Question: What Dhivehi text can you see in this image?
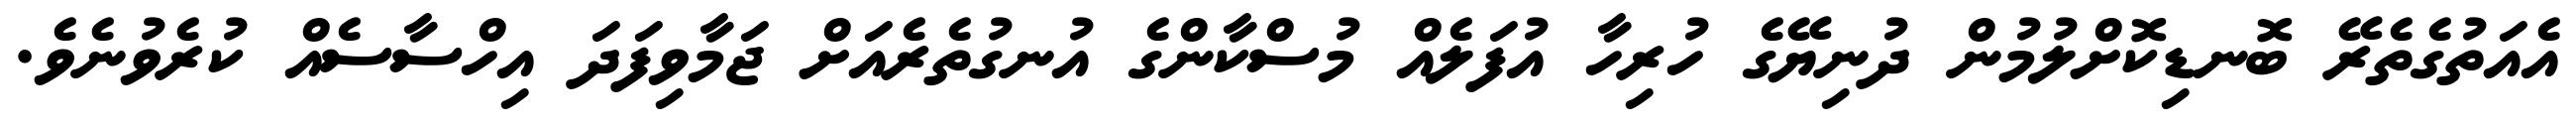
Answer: އެއަތުގެތެރޭ ބޮނޑިކޮށްލުމުން ދުނިޔޭގެ ހުރިހާ އުފަލެއް މުސްކާންގެ އުނގުތެރެއަށް ޖަމާވިފަދަ އިހްސާސެއް ކުރެވުނެވެ.